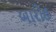
બારોહ